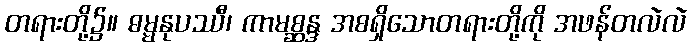
တရားတို့၌။ ဓမ္မနုပဿီ၊ ကာမစ္ဆန္ဒ အစရှိသောတရားတို့ကို အဖန်တလဲလဲ